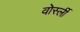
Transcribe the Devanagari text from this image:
वोर्स्ली